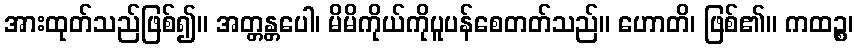
အားထုတ်သည်ဖြစ်၍။ အတ္တန္တပေါ၊ မိမိကိုယ်ကိုပူပန်စေတတ်သည်။ ဟောတိ၊ ဖြစ်၏။ ကထဉ္စ၊